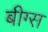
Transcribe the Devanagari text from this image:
बीग्स